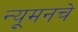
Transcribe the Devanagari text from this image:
न्यूमनचे